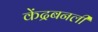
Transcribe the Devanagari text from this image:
केंद्रबनली